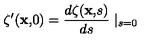
\zeta ^ { \prime } ( { \bf x , } 0 ) = \frac { d \zeta ( { \bf x , } s ) } { d s } \mid _ { s = 0 }